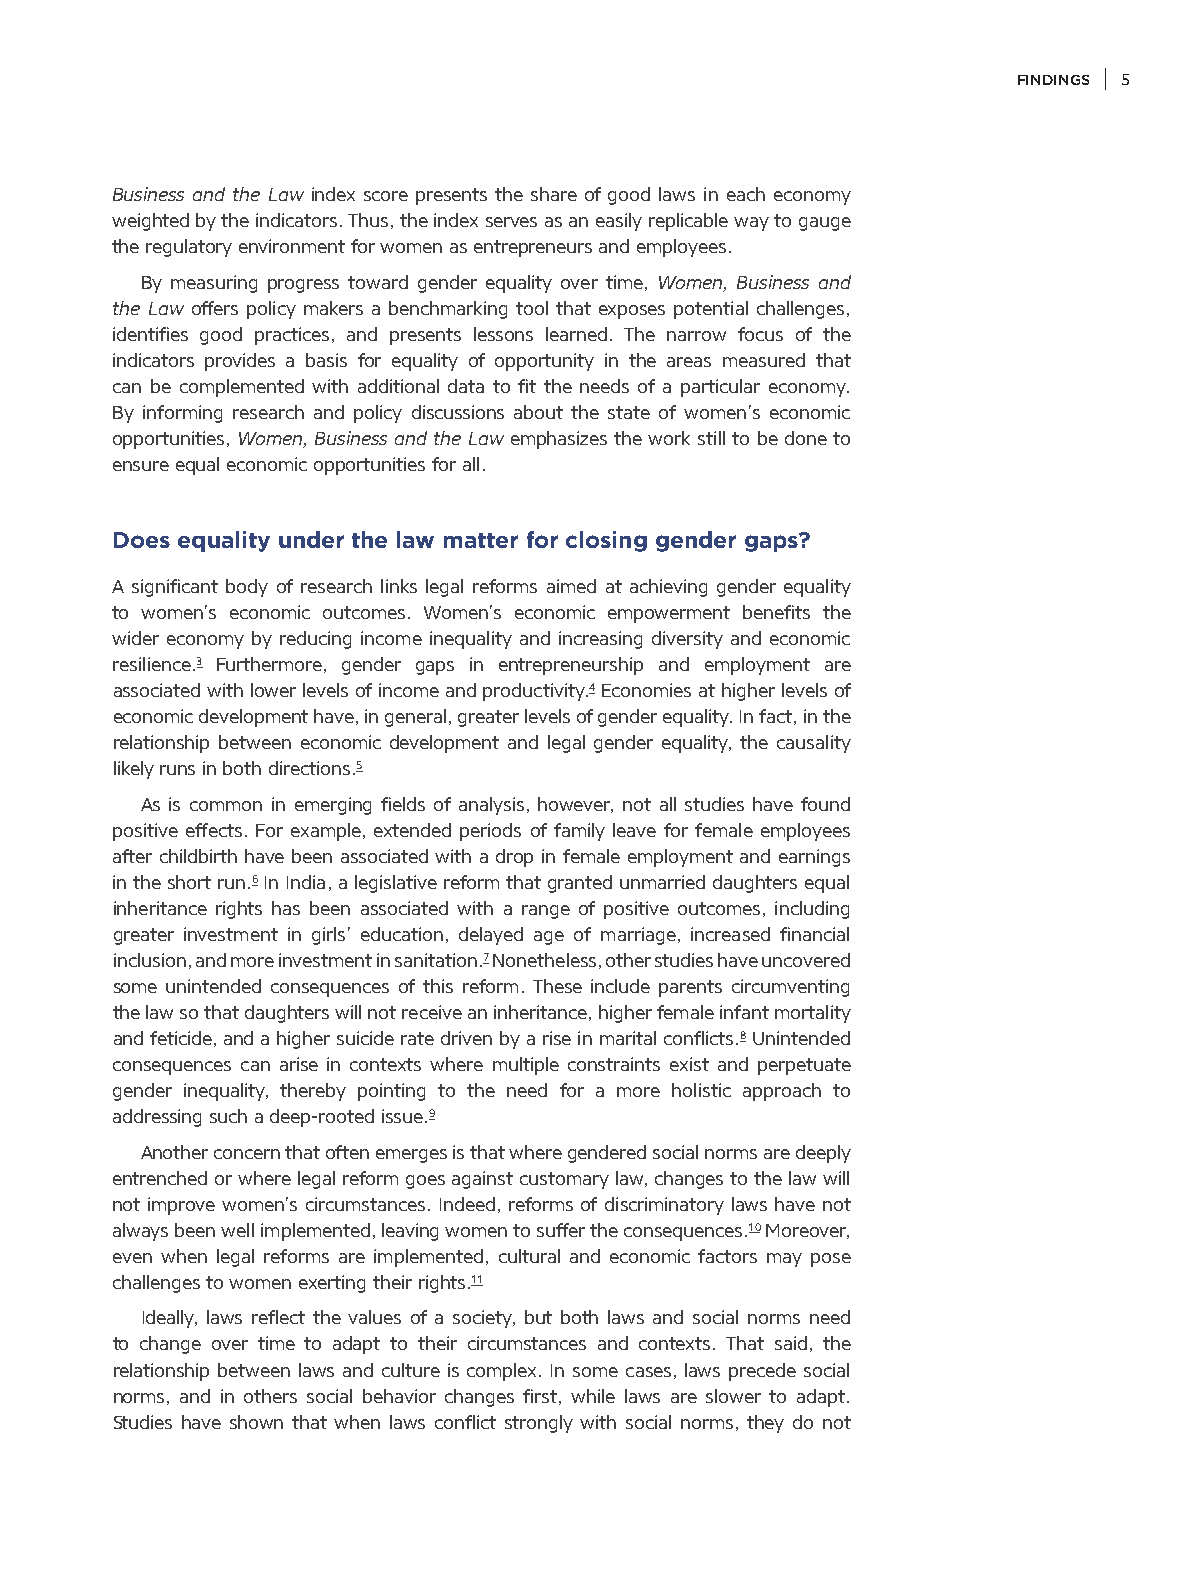
FINDINGS 5
 Business and the Law index score presents the share of good laws in each economy
 weighted by the indicators. Thus, the index serves as an easily replicable way to gauge
 the regulatory environment for women as entrepreneurs and employees.
 By measuring progress toward gender equality over time, Women, Business and
 the Law offers policy makers a benchmarking tool that exposes potential challenges,
 identifies good practices, and presents lessons learned. The narrow focus of the
 indicators provides a basis for equality of opportunity in the areas measured that
 can be complemented with additional data to fit the needs of a particular economy.
 By informing research and policy discussions about the state of women’s economic
 opportunities, Women, Business and the Law emphasizes the work still to be done to
 ensure equal economic opportunities for all.
 Does equality under the law matter for closing gender gaps?
 A significant body of research links legal reforms aimed at achieving gender equality
 to women’s economic outcomes. Women’s economic empowerment benefits the
 wider economy by reducing income inequality and increasing diversity and economic
 resilience.3 Furthermore, gender gaps in entrepreneurship and employment are
 associated with lower levels of income and productivity.4 Economies at higher levels of
 economic development have, in general, greater levels of gender equality. In fact, in the
 relationship between economic development and legal gender equality, the causality
 likely runs in both directions.5
 As is common in emerging fields of analysis, however, not all studies have found
 positive effects. For example, extended periods of family leave for female employees
 after childbirth have been associated with a drop in female employment and earnings
 in the short run.6 In India, a legislative reform that granted unmarried daughters equal
 inheritance rights has been associated with a range of positive outcomes, including
 greater investment in girls’ education, delayed age of marriage, increased financial
 inclusion, and more investment in sanitation.7 Nonetheless, other studies have uncovered
 some unintended consequences of this reform. These include parents circumventing
 the law so that daughters will not receive an inheritance, higher female infant mortality
 and feticide, and a higher suicide rate driven by a rise in marital conflicts.8 Unintended
 consequences can arise in contexts where multiple constraints exist and perpetuate
 gender inequality, thereby pointing to the need for a more holistic approach to
 addressing such a deep-rooted issue.9
 Another concern that often emerges is that where gendered social norms are deeply
 entrenched or where legal reform goes against customary law, changes to the law will
 not improve women’s circumstances. Indeed, reforms of discriminatory laws have not
 always been well implemented, leaving women to suffer the consequences.10 Moreover,
 even when legal reforms are implemented, cultural and economic factors may pose
 challenges to women exerting their rights.11
 Ideally, laws reflect the values of a society, but both laws and social norms need
 to change over time to adapt to their circumstances and contexts. That said, the
 relationship between laws and culture is complex. In some cases, laws precede social
 norms, and in others social behavior changes first, while laws are slower to adapt.
 Studies have shown that when laws conflict strongly with social norms, they do not